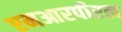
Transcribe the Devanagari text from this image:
एमआरपीएल